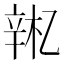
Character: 𫐚